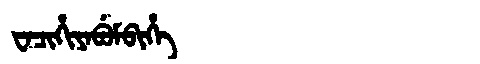
Manchu: ᠸᠠᠴᡳᡥᡳᠶᠠᠪᡠᠮᠪᡳᡥᡝ
Romanization: WACIHIYABUMBIHE